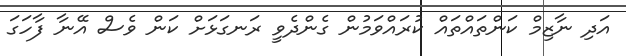
އަދި ނާޒިމް ކަންތައްތައް ކުރައްވަމުން ގެންދެވީ ރަނގަޅަށް ކަން ވެސް އޭނާ ފާހަގަ